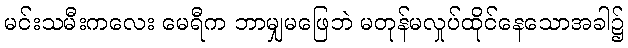
မင်းသမီးကလေး မေရီက ဘာမျှမဖြေဘဲ မတုန်မလှုပ်ထိုင်နေသောအခါ၌